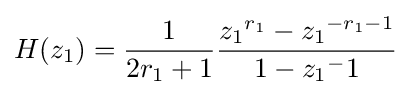
H(z_{1})={\frac {1}{2r_{1}+1}}{\frac {{z_{1}}^{r_{1}}-{z_{1}}^{-r_{1}-1}}{1-{z_{1}}^{-}1}}